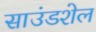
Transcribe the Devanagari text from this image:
साउंडशेल